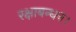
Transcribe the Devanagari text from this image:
रक्षाबन्धन।